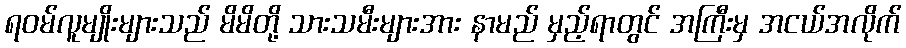
ရဝမ်လူမျိုးများသည် မိမိတို့ သားသမီးများအား နာမည် မှည့်ရာတွင် အကြီးမှ အငယ်အလိုက်